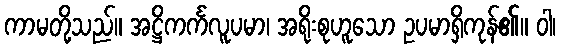
ကာမတို့သည်။ အဋ္ဌိကင်္ကလူပမာ၊ အရိုးစုဟူသော ဥပမာရှိကုန်၏။ ဝါ၊